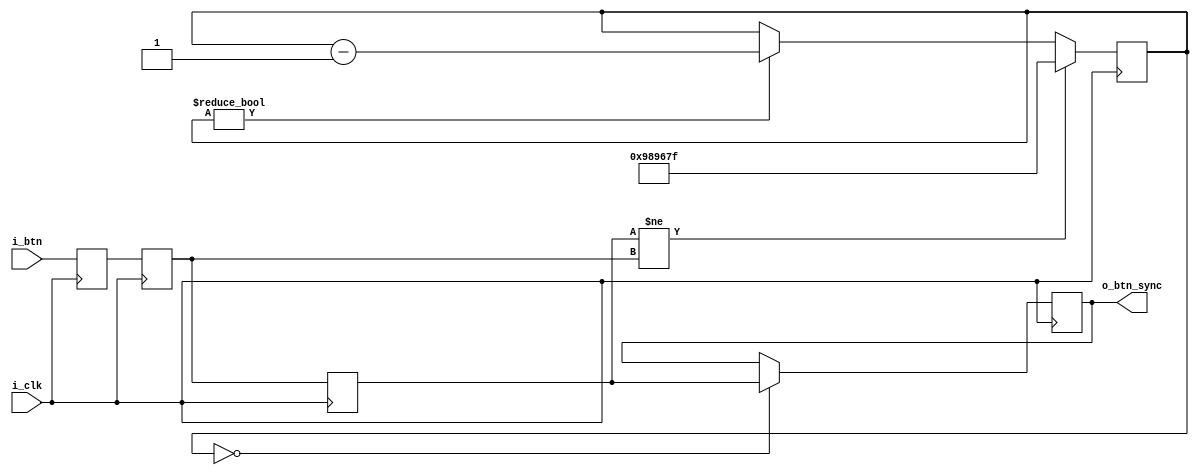
`default_nettype none

`ifndef MODULE_DEBOUNCE
`define MODULE_DEBOUNCE

module debounce (
	input wire i_clk,
	input wire i_btn,
	output reg o_btn_sync
);
	
	parameter CLK_FREQ = 100_000_000;
	parameter DEBOUNCE_TIME_US = 100_000; // in debounce us

	parameter DEBOUNCE_CYCLES = (CLK_FREQ / 1_000_000) * DEBOUNCE_TIME_US;

	reg button_sync_stage1, button_state, last_button_state;
	// 2ff synchronizer
	initial begin
		button_sync_stage1 = 0;
		button_state = 0;
		last_button_state = 0;
	end
	always @(posedge i_clk) begin
		{button_state , button_sync_stage1} <= {button_sync_stage1, i_btn};
		last_button_state <= button_state;
	end

	reg [28:0] debounce_counter;
	initial
		debounce_counter = 0;
	// debouncer
	always @(posedge i_clk) begin
		if (last_button_state != button_state)
			/* verilator lint_off WIDTH */
			debounce_counter <= DEBOUNCE_CYCLES - 1;
			/* verilator lint_on WIDTH */
		else if (debounce_counter != 0)
			debounce_counter <= debounce_counter - 1;
	end

	initial
		o_btn_sync = 0;
	always @(posedge i_clk) begin
		if (debounce_counter == 0)
			o_btn_sync <= last_button_state;
	end


	`ifdef FORMAL
		
		reg f_past_valid;
		initial
			f_past_valid = 0;
		always @(posedge i_clk) begin
			f_past_valid = 1;
		end

		always @(posedge i_clk)
			if (f_past_valid && ($past(last_button_state != button_state))) begin
				assert (debounce_counter == DEBOUNCE_CYCLES - 1);
			end

		always @(posedge i_clk)
			if (f_past_valid && ($past(debounce_counter == 0)))
				assert ($past(last_button_state) == o_btn_sync);

	
	`endif
		


endmodule
`endif